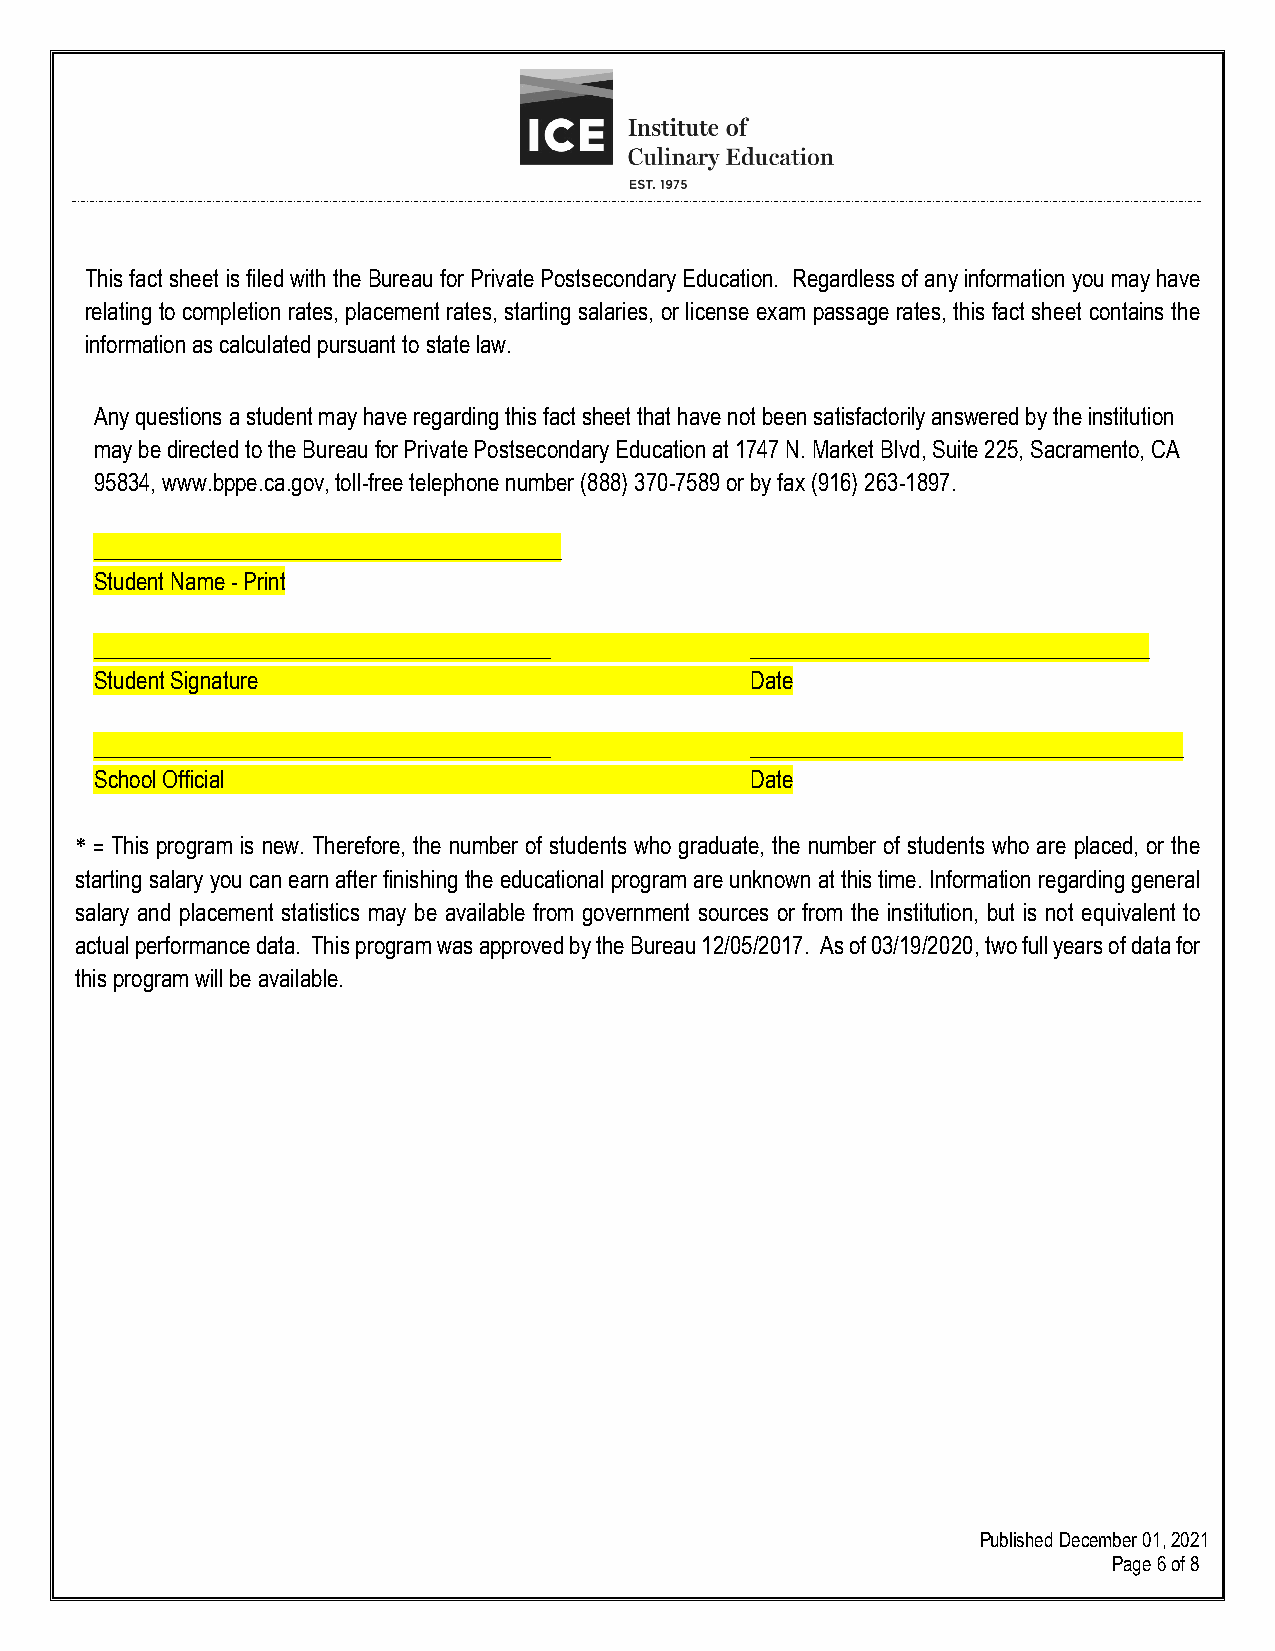
This fact sheet is filed with the Bureau for Private Postsecondary Education. Regardless of any information you may have
 relating to completion rates, placement rates, starting salaries, or license exam passage rates, this fact sheet contains the
 information as calculated pursuant to state law.
 Any questions a student may have regarding this fact sheet that have not been satisfactorily answered by the institution
 may be directed to the Bureau for Private Postsecondary Education at 1747 N. Market Blvd, Suite 225, Sacramento, CA
 95834, www.bppe.ca.gov, toll-free telephone number (888) 370-7589 or by fax (916) 263-1897.
 _________________________________________
 Student Name - Print
 ________________________________________    ___________________________________
 Student Signature                           Date
 ________________________________________    ______________________________________
 School Official                             Date
 * = This program is new. Therefore, the number of students who graduate, the number of students who are placed, or the
 starting salary you can earn after finishing the educational program are unknown at this time. Information regarding general
 salary and placement statistics may be available from government sources or from the institution, but is not equivalent to
 actual performance data. This program was approved by the Bureau 12/05/2017. As of 03/19/2020, two full years of data for
 this program will be available.
 Published December 01, 2021
 Page 6 of 8